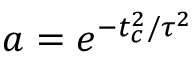
a = e ^ { - t _ { c } ^ { 2 } / \tau ^ { 2 } }